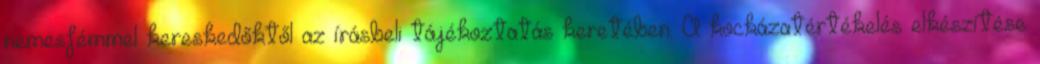
nemesfémmel kereskedőktől az írásbeli tájékoztatás keretében. A kockázatértékelés elkészítése